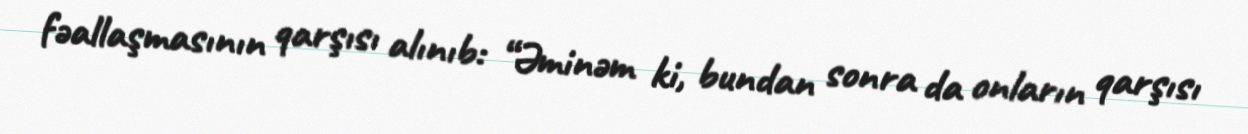
fəallaşmasının qarşısı alınıb: “Əminəm ki, bundan sonra da onların qarşısı